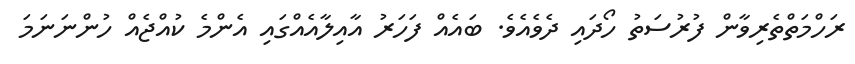
ރަހްމަތްތެރިވާން ފުރުސަތު ހޯދައި ދެވެއެވެ. ބައެއް ފަހަރު އާއިލާއެއްގައި އެންމެ ކުއްޖެއް ހުންނަނަމަ